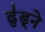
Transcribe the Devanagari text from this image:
ढु॑ढ्ने